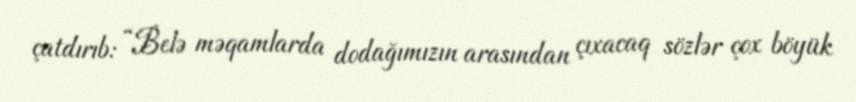
çatdırıb: “Belə məqamlarda dodağımızın arasından çıxacaq sözlər çox böyük